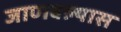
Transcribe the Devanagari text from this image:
जाणवल्यास